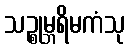
သဉ္စုမ္ဘရိမကံသု